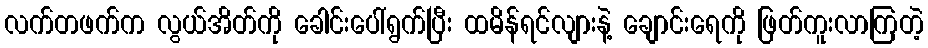
လက်တဖက်က လွယ်အိတ်ကို ခေါင်းပေါ်ရွက်ပြီး ထမိန်ရင်လျားနဲ့ ချောင်းရေကို ဖြတ်ကူးလာကြတဲ့